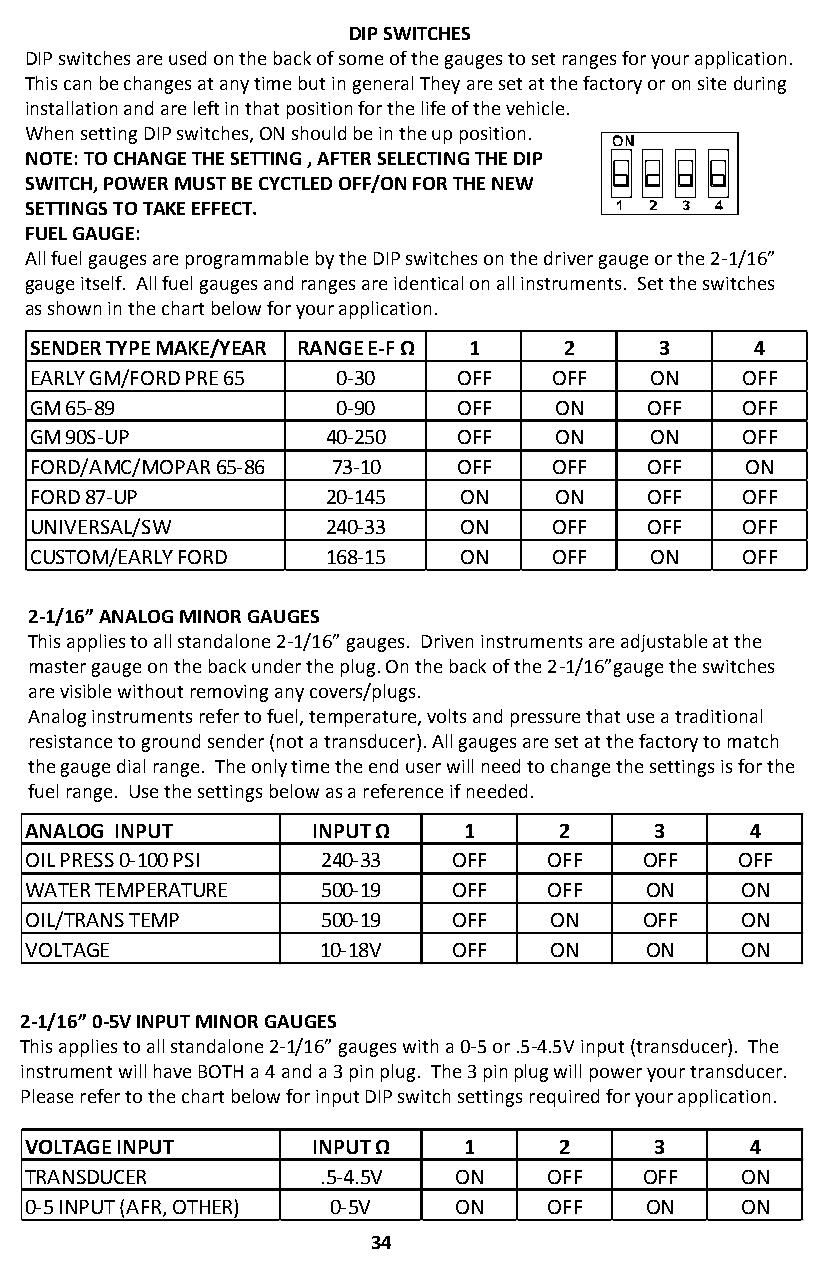
DIP SWITCHES
 DIP switches are used on the back of some of the gauges to set ranges for your application.
 This can be changes at any time but in general They are set at the factory or on siteduring
 installation and are left in that position for the life of the vehicle.
 When setting DIP switches, ON should be in the up position.
 NOTE: TO CHANGE THE SETTING , AFTER SELECTING THE DIP
 SWITCH, POWER MUST BE CYCTLED OFF/ON FOR THE NEW
 SETTINGS TO TAKE EFFECT.
 FUEL GAUGE:
 All fuel gauges are programmable by the DIP switches on the driver gauge or the 2-1/16”
 gauge itself. All fuel gauges and ranges are identical on all instruments. Set the switches
 as shown in the chart below for your application.
 SENDERTYPEMAKE/YEAR RANGEE-FΩ 1    2      3     4
 EARLYGM/FORDPRE65   0-30    OFF   OFF    ON    OFF
 GM65-89             0-90    OFF    ON    OFF   OFF
 GM90S-UP            40-250  OFF    ON    ON    OFF
 FORD/AMC/MOPAR65-86 73-10   OFF   OFF    OFF   ON
 FORD87-UP           20-145  ON     ON    OFF   OFF
 UNIVERSAL/SW        240-33  ON    OFF    OFF   OFF
 CUSTOM/EARLYFORD    168-15  ON    OFF    ON    OFF
 2-1/16” ANALOG MINOR GAUGES
 This applies to all standalone 2-1/16” gauges. Driven instruments are adjustable at the
 master gauge on the back under the plug. On the back of the 2-1/16”gauge the switches
 are visible without removing any covers/plugs.
 Analog instruments refer to fuel, temperature, volts and pressure that use a traditional
 resistance to ground sender (not a transducer). All gauges are set at the factory to match
 the gauge dial range. The only time the end user will need to change the settings is for the
 fuel range. Use the settings below as a reference if needed.
 ANALOG INPUT       INPUTΩ    1     2     3      4
 OILPRESS0-100PSI   240-33   OFF   OFF   OFF    OFF
 WATERTEMPERATURE   500-19   OFF   OFF    ON    ON
 OIL/TRANSTEMP      500-19   OFF   ON    OFF    ON
 VOLTAGE            10-18V   OFF   ON     ON    ON
 2-1/16” 0-5V INPUT MINOR GAUGES
 This applies to all standalone 2-1/16” gauges with a 0-5 or .5-4.5V input (transducer). The
 instrument will have BOTH a 4 and a 3 pinplug. The 3 pinplug will power your transducer.
 Please refer to the chart below for input DIP switch settings required for your application.
 VOLTAGEINPUT       INPUTΩ    1     2     3      4
 TRANSDUCER         .5-4.5V  ON    OFF   OFF    ON
 0-5INPUT(AFR,OTHER) 0-5V    ON    OFF    ON    ON
 34